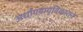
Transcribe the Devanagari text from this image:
अर्धांगवायुविकाराने